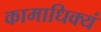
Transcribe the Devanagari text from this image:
कामाधिक्यं